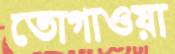
তোগাওয়া